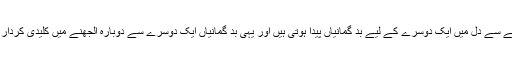
معاف نہ کرنے سے دل میں ایک دوسرے کے لیے بد گمانیاں پیدا ہوتی ہیں اور یہی بد گمانیاں ایک دوسرے سے دوبارہ الجھنے میں کلیدی کردار ادا کرتی ہیں۔